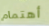
أهتمام